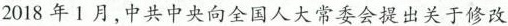
2018年1月，中共中央向全国人大常委会提出关于修改